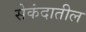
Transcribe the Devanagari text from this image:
सेकंदातील